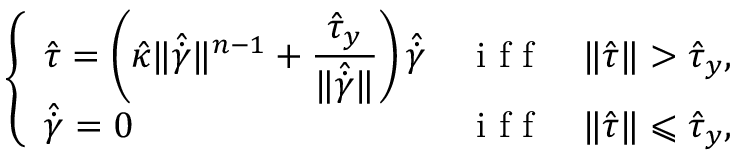
\left\{ \begin{array} { l l } { \hat { \boldsymbol { \tau } } = \left( \hat { \kappa } \Vert \hat { \dot { \boldsymbol { \gamma } } } \Vert ^ { n - 1 } + \displaystyle { \frac { \hat { \tau } _ { y } } { \Vert \hat { \dot { \boldsymbol { \gamma } } } \Vert } } \right) \hat { \dot { \boldsymbol { \gamma } } } } & { \mathrm { ~ i ~ f ~ f ~ } \quad \Vert \hat { \boldsymbol { \tau } } \Vert > \hat { \tau } _ { y } , } \\ { \hat { \dot { \boldsymbol { \gamma } } } = 0 } & { \mathrm { ~ i ~ f ~ f ~ } \quad \Vert \hat { \boldsymbol { \tau } } \Vert \leqslant \hat { \tau } _ { y } , } \end{array} \right.